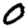
Digit: 0